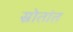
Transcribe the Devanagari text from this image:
स्रोतांत